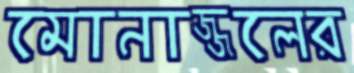
মোনাজ্জলের